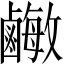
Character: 𪉾